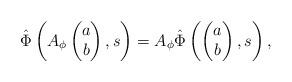
LaTeX: \begin{align*}\hat \Phi \left(A_\phi \begin{pmatrix}a\\ b\end{pmatrix}, s\right) = A_\phi \hat \Phi\left(\begin{pmatrix} a\\b \end{pmatrix}, s\right),\end{align*}